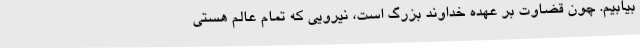
بیابیم. چون قضاوت بر عهده خداوند بزرگ است، نیرویی که تمام عالم هستی